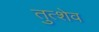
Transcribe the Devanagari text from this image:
तुत्शेव